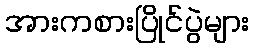
အားကစားပြိုင်ပွဲများ